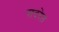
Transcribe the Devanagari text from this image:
सदरेत